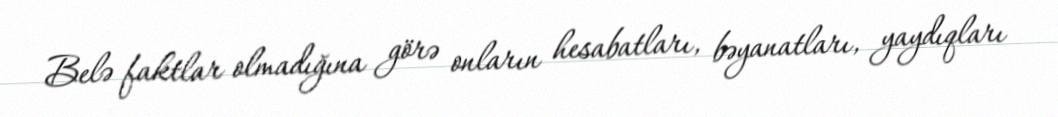
Belə faktlar olmadığına görə onların hesabatları, bəyanatları, yaydıqları